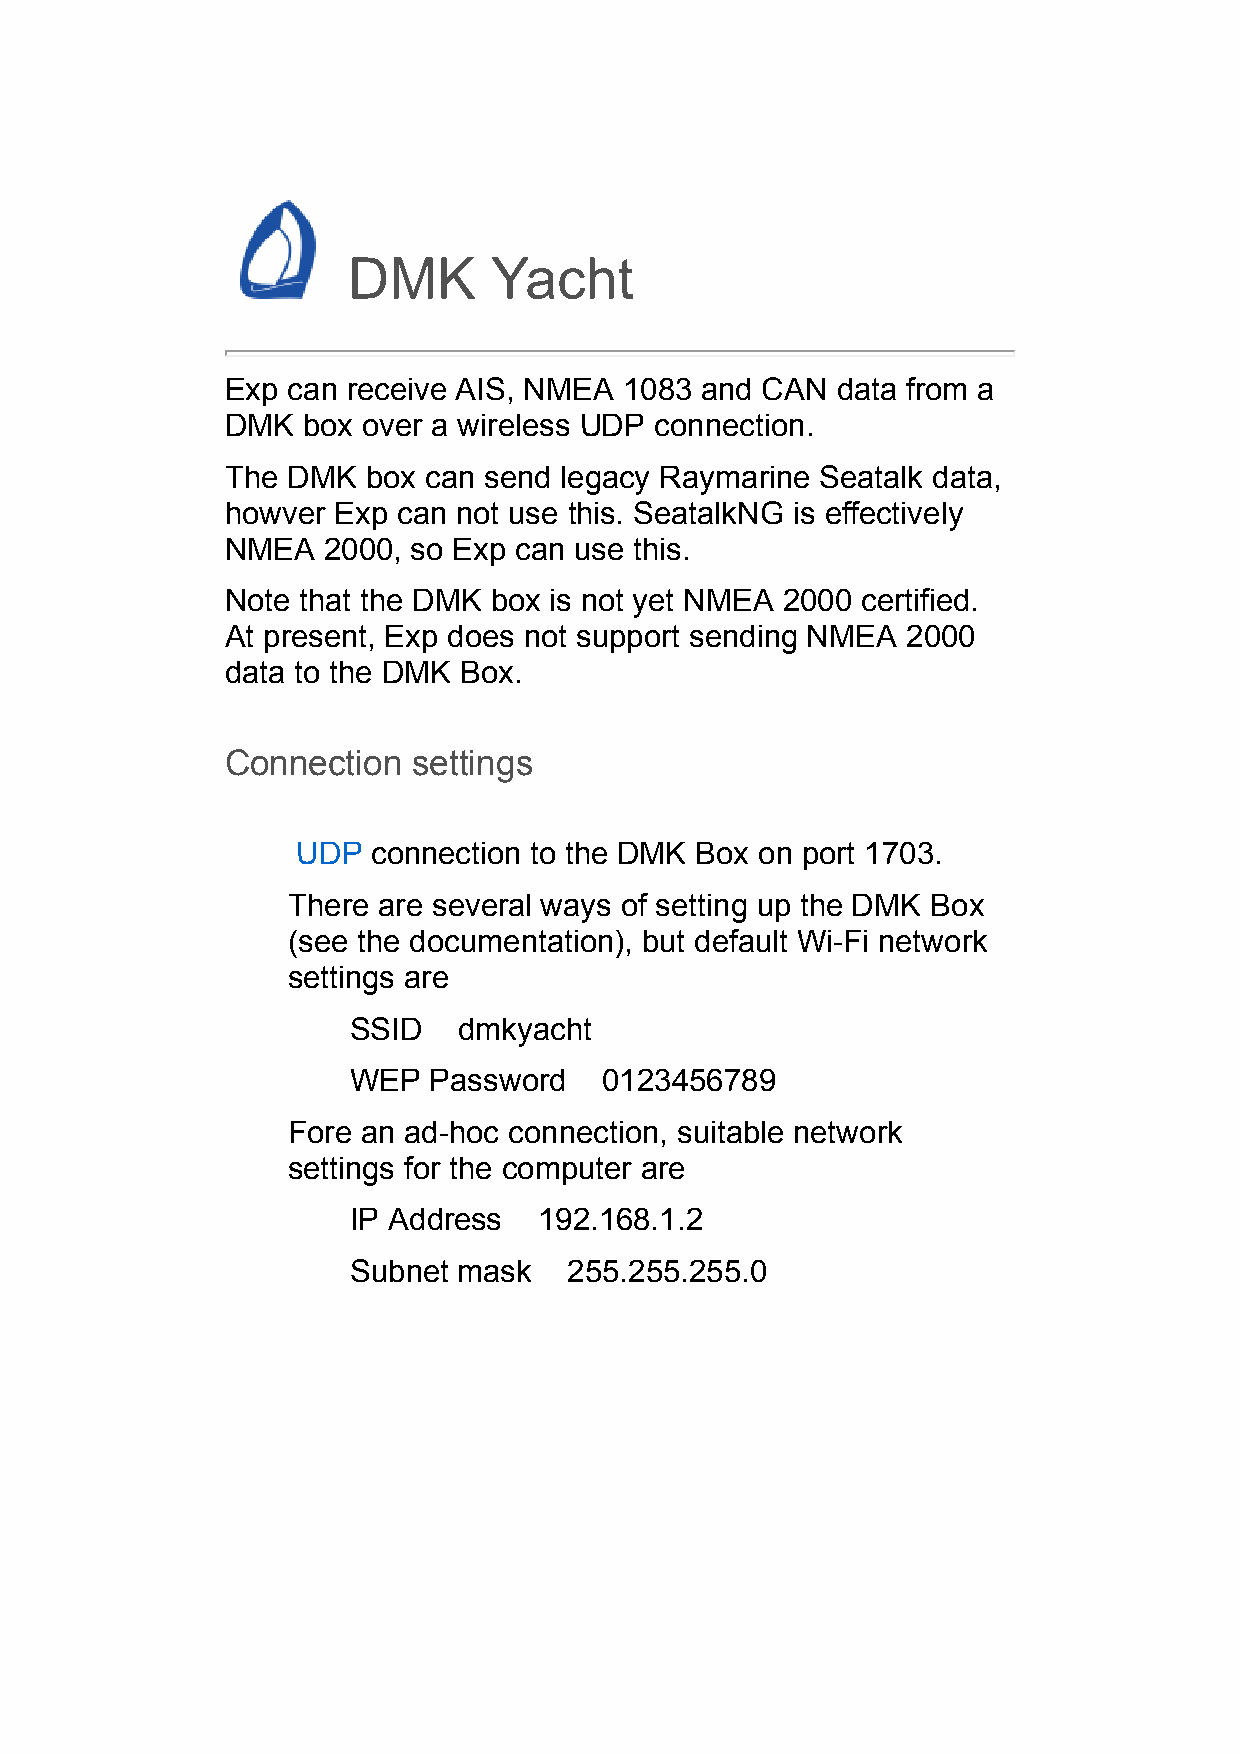
DMK       Yacht
 Exp can receive AIS, NMEA 1083 and CAN  data from a
 DMK  box over a wireless UDP connection.
 The DMK  box can send legacy Raymarine Seatalk data,
 howver Exp can not use this. SeatalkNG is effectively
 NMEA  2000, so Exp can use this.
 Note that the DMK box is not yet NMEA 2000 certified.
 At present, Exp does not support sending NMEA 2000
 data to the DMK Box.
 Connection  settings
 UDP  connection to the DMK Box on port 1703.
 There are several ways of setting up the DMK Box
 (see the documentation), but default Wi-Fi network
 settings are
 SSID   dmkyacht
 WEP  Password    0123456789
 Fore an ad-hoc connection, suitable network
 settings for the computer are
 IP Address   192.168.1.2
 Subnet mask    255.255.255.0